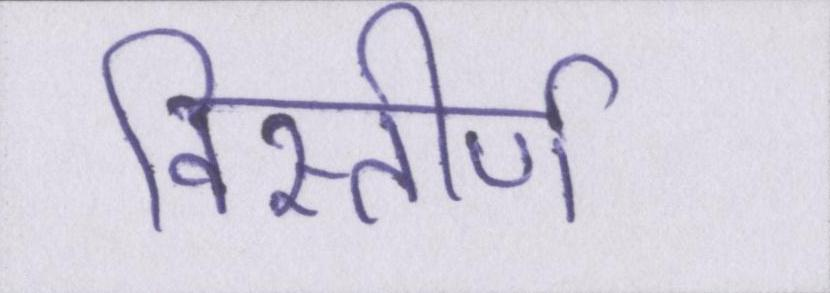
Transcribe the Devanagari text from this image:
विस्तीर्ण